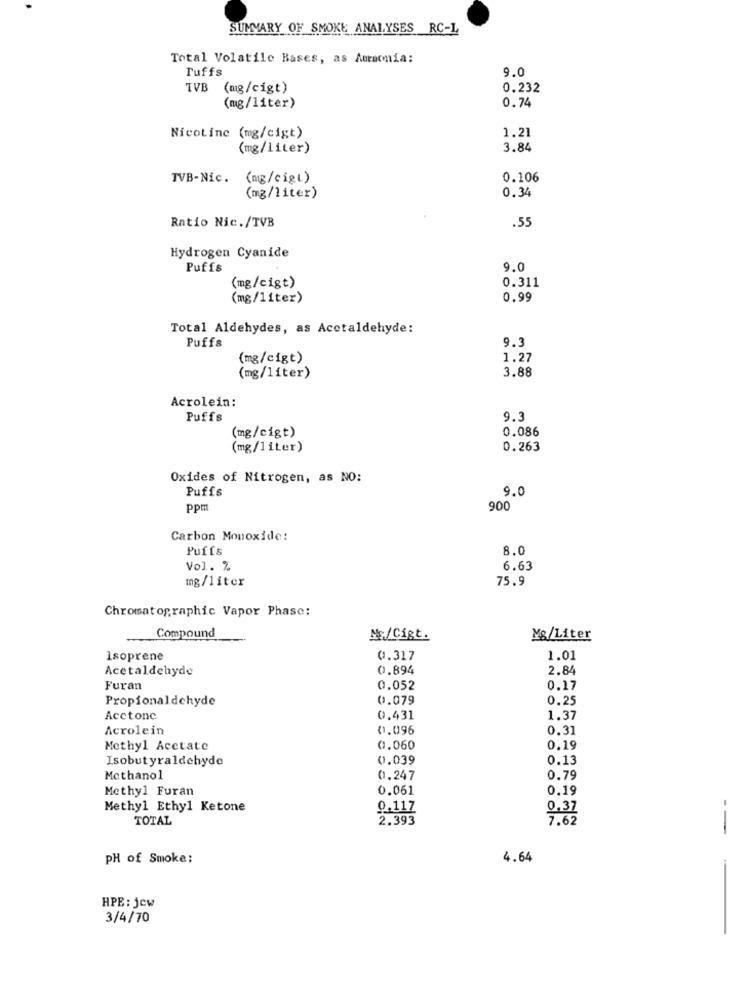
SUMMARY OF SMOKE ANALYSES RC-L
Total Volatile Bases, as Amacmia:
Tuffs
9.0
TVB (mg/cigt)
0.232
0.74
(mg/liter)
Nicotine (mg/cigt)
1.21
(mg/liter)
3.84
TVB-Nic. (mg/cigt)
0.106
0.34
(mg/liter)
.55
Ratio Nic./TVB
Hydrogen Cyanide
Puffs
9.0
0.311
(mg/cigt)
(mg/liter)
0.99
Total Aldehydes, as Acetaldehyde:
Puffs
9.3
(mg/cigt)
1.27
3.88
(mg/liter)
Acrolein:
Puffs
9.3
(mg/cigt)
0.086
(mg/liter)
0.263
Oxides of Nitrogen, as NO:
Puffs
9.0
ppm
900
Carbon Monoxide:
Puffs
8.0
Vol. %
6.63
mg/liter
75.9
Chromatographic Vapor Phase:
Compound
Ns/Cigt.
Mg/Liter
Isoprene
0.317
1.01
Acetaldehyde
0.894
2.84
Furan
0.052
0.17
Propionaldehyde
0.079
0.25
Acctonc
0.431
1.37
Acrolein
0.096
0.31
Methyl Acetate
0.060
0.19
Isobutyraldehyde
0.039
0.13
Methanol
0.247
0.79
Methyl Furan
0.061
0.19
Methyl Ethyl Ketone
0.117
0.37
TOTAL
2.393
7.62
--
PH of Smoke:
4.64
-
HPE: jcw
3/4/70